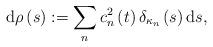
LaTeX: \begin{align*}\mathrm{d}\rho\left( s\right) :=\sum_{n}c_{n}^{2}\left( t\right)\delta_{\kappa_{n}}\left( s\right) \mathrm{d}s, \end{align*}